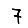
Digit: 7